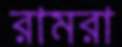
রামরা